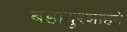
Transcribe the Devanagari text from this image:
बहादुरशाहने